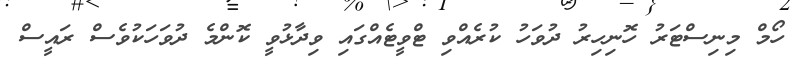
ހޯމް މިނިސްޓަރު ހޮނިހިރު ދުވަހު ކުރެއްވި ޓްވީޓެއްގައި ވިދާޅުވީ ކޮންމެ ދުވަހަކުވެސް ރައީސް